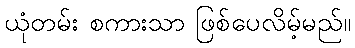
ယုံတမ်း စကားသာ ဖြစ်ပေလိမ့်မည်။